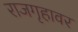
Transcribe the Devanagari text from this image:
राजगृहावर